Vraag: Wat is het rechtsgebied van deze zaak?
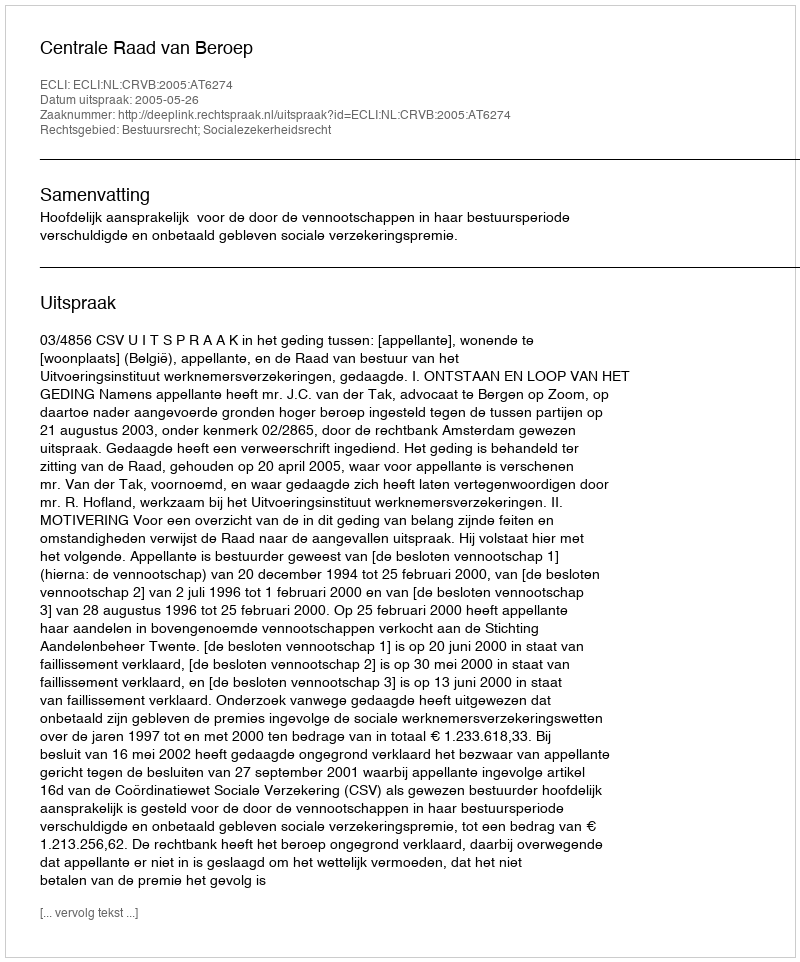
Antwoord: Bestuursrecht; Socialezekerheidsrecht